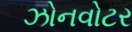
ઝોનવોટર